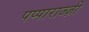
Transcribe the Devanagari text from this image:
पप्पाराज्ज़ी